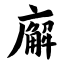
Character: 廨